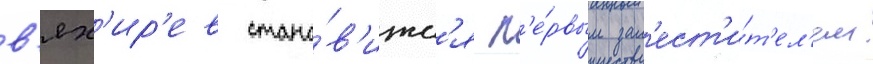
в'ях'ир'ев стано́в'итс'я п'е́рвым зам'ест'и́т'ел'ем